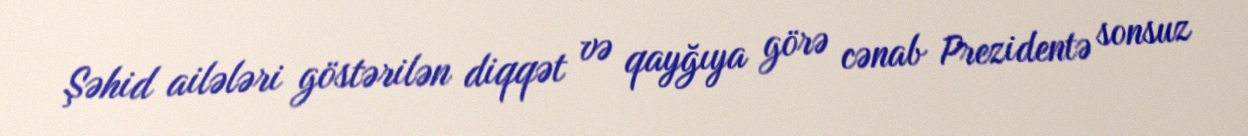
Şəhid ailələri göstərilən diqqət və qayğıya görə cənab Prezidentə sonsuz